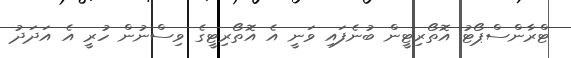
ޓްރާންސްޕޯޓު އޮތޯރިޓީން ބުނެފައި ވަނީ އެ އޮތޯރިޓީގެ ވިސްނުން ހުރީ އެ އަދަދު